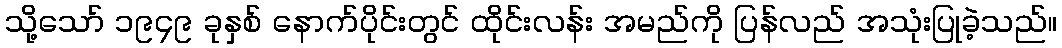
သို့သော် ၁၉၄၉ ခုနှစ် နောက်ပိုင်းတွင် ထိုင်းလန်း အမည်ကို ပြန်လည် အသုံးပြုခဲ့သည်။